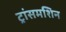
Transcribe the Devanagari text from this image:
ट्रांसमशिन